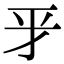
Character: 𢀝